Indian journal of veterinary science and animal husbandry - Volumes 22-23, 1952-1953
Year: 1952
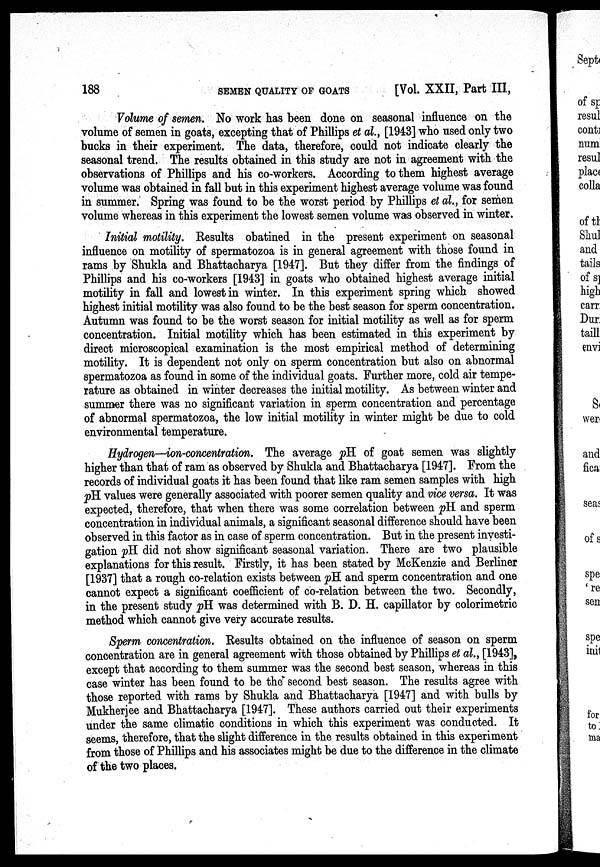
188
SEMEN
QUALITY
OF
GOATS
[Vol. XXII, Part III,
Volume of semen. No work has been done on seasonal influence on the
volume of semen in goats, excepting that of Phillips et al., [1943] who used only two
bucks in their experiment. The data, therefore, could not indicate clearly the
seasonal trend. The results obtained in this study are not in agreement with the
observations of Phillips and his co-workers. According to them highest average
volume was obtained in fall but in this experiment highest average volume was found
in summer. Spring was found to be the worst period by Phillips et al., for semen
volume whereas in this experiment the lowest semen volume was observed in winter.
Initial motility. Results obatined in the present experiment on seasonal
influence on motility of spermatozoa is in general agreement with those found in
rams by Shukla and Bhattacharya [1947]. But they differ from the findings of
Phillips and his co-workers [1943] in goats who obtained highest average initial
motility in fall and lowest in winter. In this experiment spring which showed
highest initial motility was also found to be the best season for sperm concentration.
Autumn was found to be the worst season for initial motility as well as for sperm
concentration. Initial motility which has been estimated in this experiment by
direct microscopical examination is the most empirical method of determining
motility. It is dependent not only on sperm concentration but also on abnormal
spermatozoa as found in some of the individual goats. Further more, cold air tempe-
rature as obtained in winter decreases the initial motility. As between winter and
summer there was no significant variation in sperm concentration and percentage
of abnormal spermatozoa, the low initial motility in winter might be due to cold
environmental temperature.
Hydrogen—ion-concentration. The average pH. of goat semen was slightly
higher than that of ram as observed by Shukla and Bhattacharya [1947]. From the
records of individual goats it has been found that like ram semen samples with high
pH values were generally associated with poorer semen quality and vice versa. It was
expected, therefore, that when there was some correlation between pH and sperm
concentration in individual animals, a significant seasonal difference should have been
observed in this factor as in case of sperm concentration. But in the present investi-
gation pH did not show significant seasonal variation. There are two plausible
explanations for this result. Firstly, it has been stated by McKenzie and Berliner
[1937] that a rough co-relation exists between pH and sperm concentration and one
cannot expect a significant coefficient of co-relation between the two. Secondly,
in the present study pH was determined with B. D. H. capillator by colorimetric
method which cannot give very accurate results.
Sperm concentration. Results obtained on the influence of season on sperm
concentration are in general agreement with those obtained by Phillips et al., [1943],
except that according to them summer was the second best season, whereas in this
case winter has been found to be the second best season. The results agree with
those reported with rams by Shukla and Bhattacharya [1947] and with bulls by
Mukherjee and Bhattacharya [1947]. These authors carried out their experiments
under the same climatic conditions in which this experiment was conducted. It
seems, therefore, that the slight difference in the results obtained in this experiment
from those of Phillips and his associates might be due to the difference in the climate
of the two places.